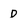
Character: D